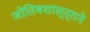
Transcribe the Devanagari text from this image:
जोतिषशास्त्राने